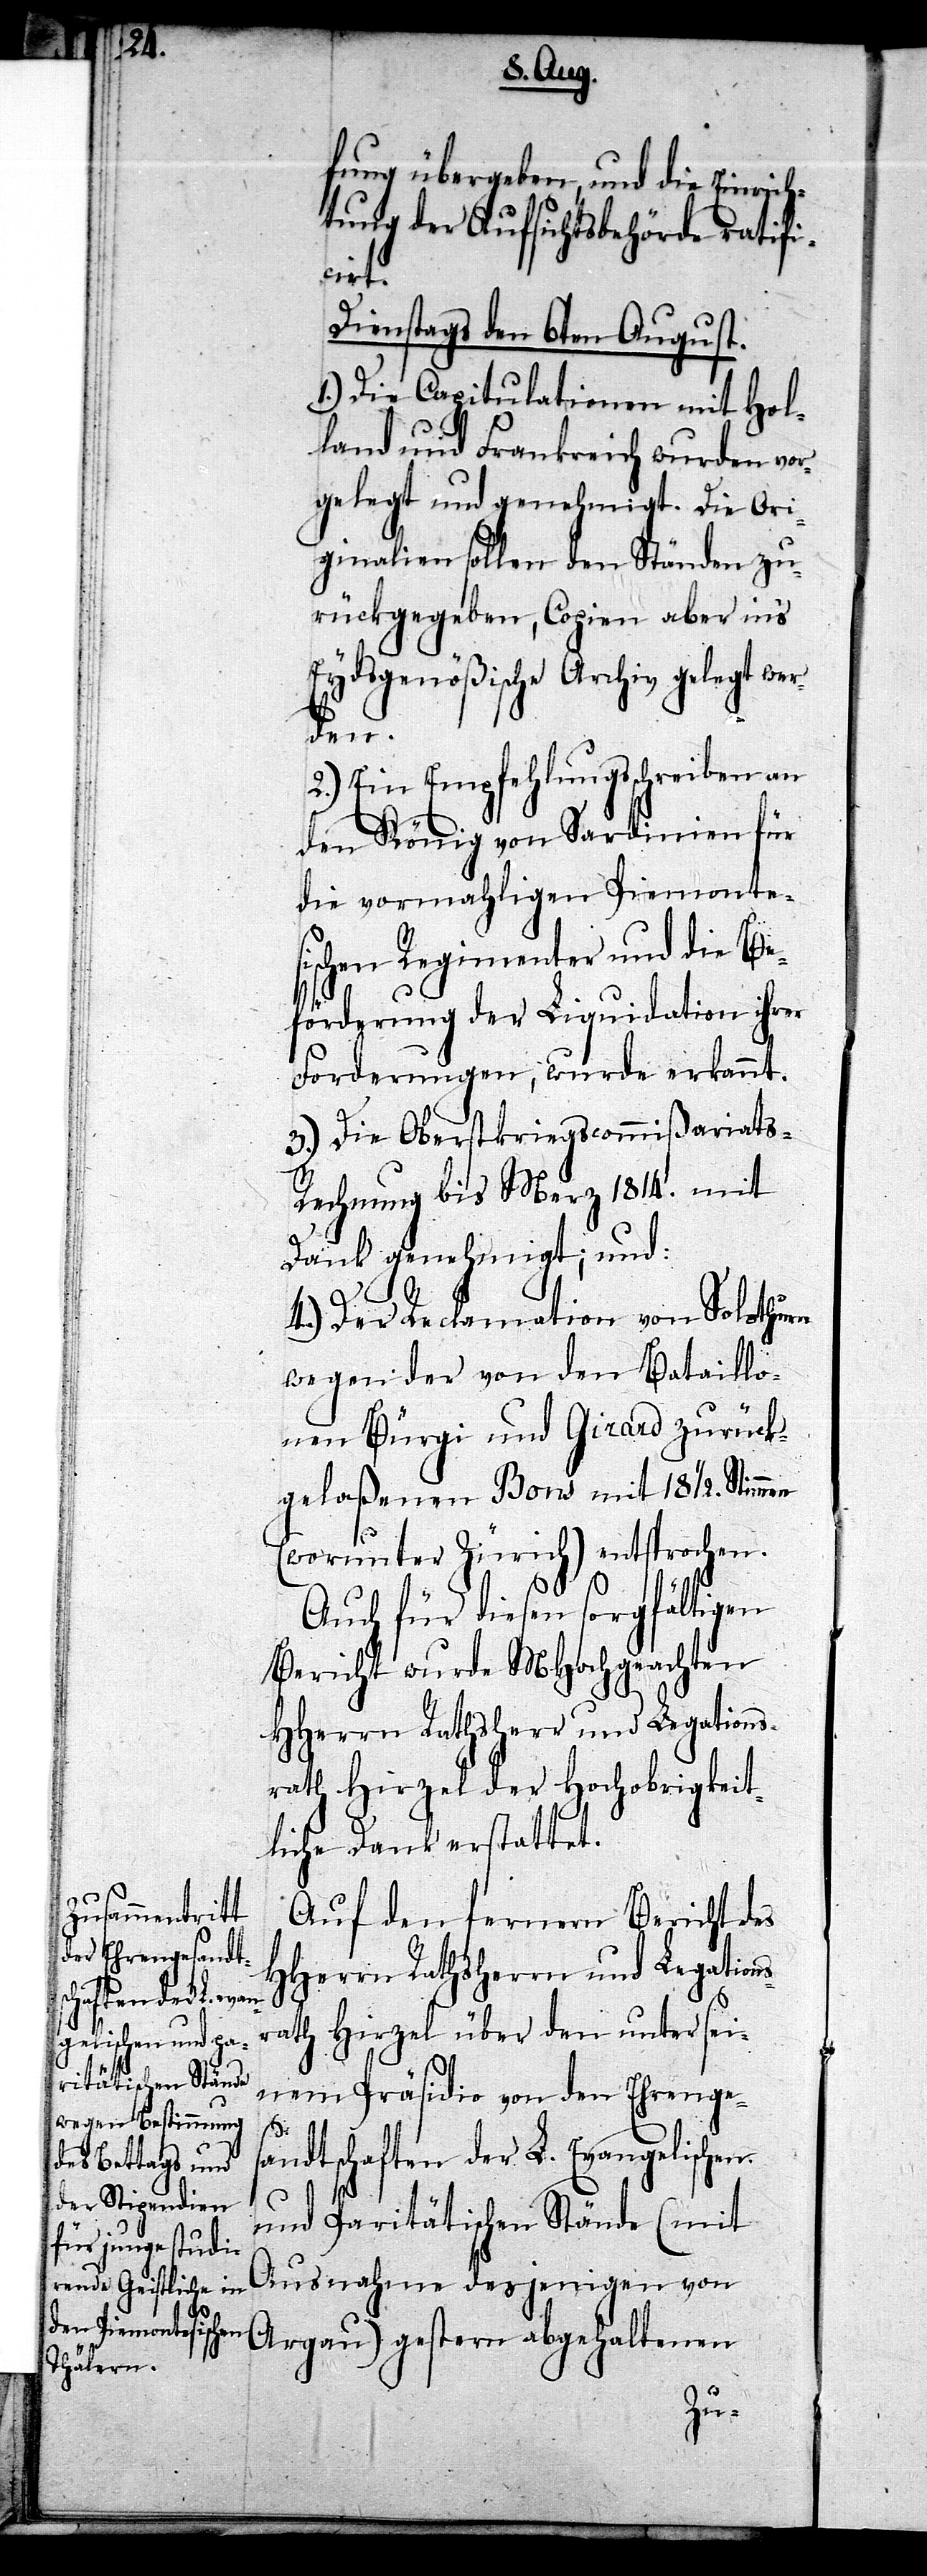
fung übergeben, und die Einrich¬
tung der Aufsichtsbehörde ratifi¬
cirt.
Dienstags den 6ten August.
1.) Die Capitulationen mit Hol¬
land und Frankreich wurden vor¬
gelegt und genehmigt. Die Ori¬
ginalien sollen den Ständen zu¬
rückgegeben, Copien aber in’s
Eydsgenößische Archiv gelegt wer¬
den.
2.) Ein Empfehlungsschreiben an
den König von Sardinien für
die vormahligen Piemontes¬
ischen Regimenter und die Be¬
förderung der Liquidation ihrer
Forderungen, wurde erkannt.
3.) Die Oberstkriegscommißariats-R¬
echnung bis Merz 1814. mit
Dank genehmigt; und :
4.) Der Reclamation von Solothurn
wegen der von den Bataillo¬
nen Bürgi und Girard zurück¬
gelaßenen Bons mit 18 1/2. Stimmen
(worunter Zürich) entsprochen.
Auch für diesen sorgfältigen
Bericht wurde MHochgeachten
HHerrn Rathsherr und Legations¬
rath Hirzel der Hochobrigkeit¬
liche Dank erstattet.
Auf den fernern Bericht des
HHerrn Rathsherrn und Legations¬
rath Hirzel über den unter sei¬
nem Präsidio von den Ehrenges¬
andtschaften der L. Evangelischen
und Paritätischen Stände (mit
Ausnahme desjenigen von
Aargau) gestern abgehaltenen